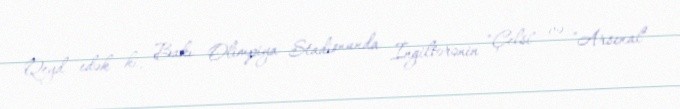
Qeyd edək ki, Bakı Olimpiya Stadionunda İngiltərənin "Çelsi" və "Arsenal"